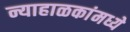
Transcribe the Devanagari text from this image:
न्याहाळकांमध्ये